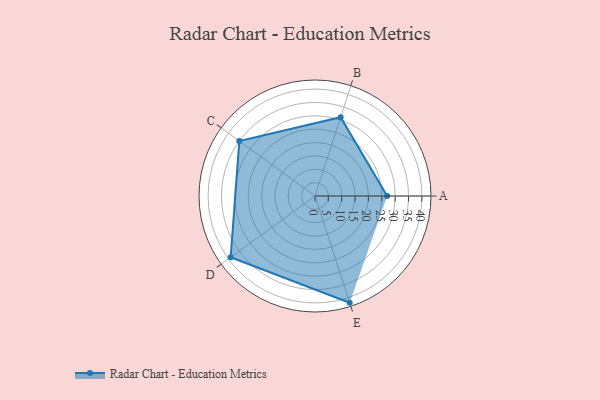
{"axis": {"x": "Skill", "y": "Score"}, "legend": ["Profile"], "data": [{"x": "A", "y": 27.0, "type": "Profile"}, {"x": "B", "y": 31.0, "type": "Profile"}, {"x": "C", "y": 35.0, "type": "Profile"}, {"x": "D", "y": 39.0, "type": "Profile"}, {"x": "E", "y": 42.0, "type": "Profile"}]}